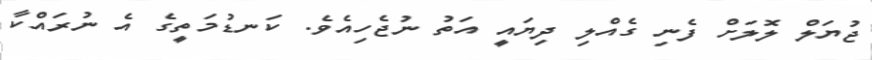
ޖުޔަލް ލޮލަށް ފެނި ގެއްލި ދިޔައީ އަތު ނުޖެހިއެވެ. ކަނޑުމަތީގެ އެ ނުރައްކާ